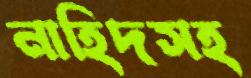
নাহিদসহ